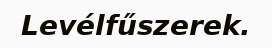
Levélfűszerek.